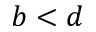
b < d